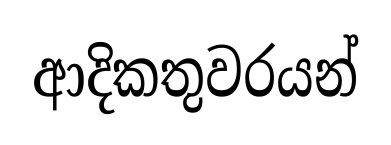
ආදිකතුවරයන්